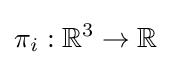
\pi _{i}:\mathbb {R} ^{3}\rightarrow \mathbb {R}